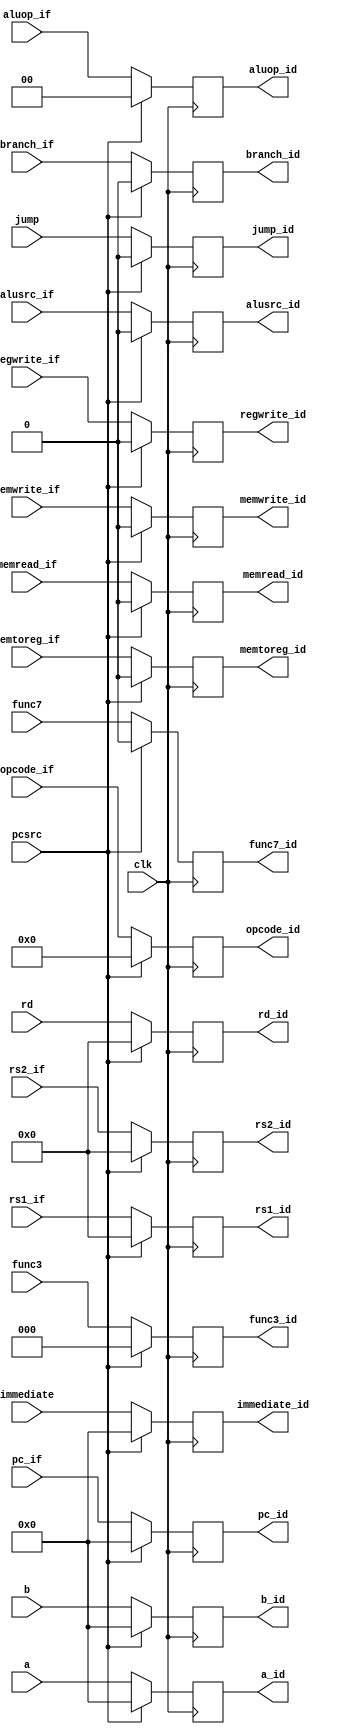
module idexreg(clk, pc_if, a,    b,    immediate,    func7,      func3,    rd,    opcode_if, branch_if, memread_if, memtoreg_if, aluop_if, memwrite_if, alusrc_if, regwrite_if, rs1_if, rs2_if, pcsrc, jump, 
                    pc_id, a_id, b_id, immediate_id, func7_id,   func3_id, rd_id, opcode_id, branch_id, memread_id, memtoreg_id, aluop_id, memwrite_id, alusrc_id, regwrite_id, rs1_id, rs2_id, jump_id);

    input clk, branch_if, memread_if, memtoreg_if, memwrite_if, alusrc_if, func7, regwrite_if, pcsrc, jump;
    input [1:0] aluop_if;
    input [31:0] pc_if, a, b, immediate;
    input [4:0] rd, rs1_if, rs2_if;
    input [2:0] func3;
    input [6:0] opcode_if;

    output reg branch_id, memread_id, memtoreg_id, memwrite_id, alusrc_id, func7_id, regwrite_id, jump_id;
    output reg [1:0] aluop_id;
    output reg [31:0] pc_id, a_id, b_id, immediate_id;
    output reg [4:0] rd_id, rs1_id, rs2_id;
    output reg [2:0] func3_id;
    output reg [6:0] opcode_id;

    initial
    begin
        branch_id    <= 0;
        memread_id   <= 0;
        memtoreg_id  <= 0;
        memwrite_id  <= 0;
        alusrc_id    <= 0;
        aluop_id     <= 0;
        pc_id        <= 0;
        a_id         <= 0;
        b_id         <= 0;
        immediate_id <= 0;
        rd_id        <= 0;
        func3_id     <= 0;
        func7_id     <= 0;
        regwrite_id  <= 0;
        rs1_id       <= 0;
        rs2_id       <= 0;
        jump_id      <= 0;
        opcode_id    <= 0;
    end

    always @(posedge clk)
    begin
        if (pcsrc)
            begin
                branch_id    <= 0;
                memread_id   <= 0;
                memtoreg_id  <= 0;
                memwrite_id  <= 0;
                alusrc_id    <= 0;
                aluop_id     <= 0;
                pc_id        <= 0;
                a_id         <= 0;
                b_id         <= 0;
                immediate_id <= 0;
                rd_id        <= 0;
                func3_id     <= 0;
                func7_id     <= 0;
                regwrite_id  <= 0;
                rs1_id       <= 0;
                rs2_id       <= 0;
                jump_id      <= 0;
                opcode_id    <= 0;
            end
        else
            begin
                branch_id    <= branch_if;
                memread_id   <= memread_if;
                memtoreg_id  <= memtoreg_if;
                memwrite_id  <= memwrite_if;
                alusrc_id    <= alusrc_if;
                aluop_id     <= aluop_if;
                pc_id        <= pc_if;
                a_id         <= a;
                b_id         <= b;
                immediate_id <= immediate;
                rd_id        <= rd;
                func3_id     <= func3;
                func7_id     <= func7;
                regwrite_id  <= regwrite_if;
                rs1_id       <= rs1_if;
                rs2_id       <= rs2_if;
                jump_id      <= jump;
                opcode_id    <= opcode_if;
            end
    end

endmodule